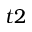
t 2